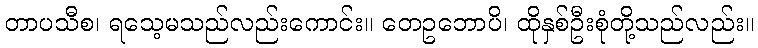
တာပသီစ၊ ရသေ့မသည်လည်းကောင်း။ တေဥဘောပိ၊ ထိုနှစ်ဦးစုံတို့သည်လည်း။